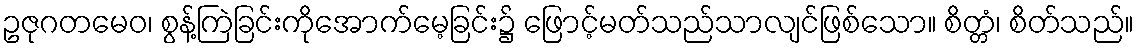
ဥဇုဂတမေဝ၊ စွန့်ကြဲခြင်းကိုအောက်မေ့ခြင်း၌ ဖြောင့်မတ်သည်သာလျင်ဖြစ်သော။ စိတ္တံ၊ စိတ်သည်။